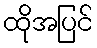
ထိုအပြင်